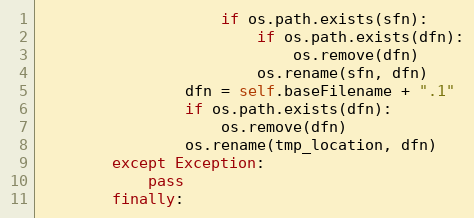
Language: Python
                    if os.path.exists(sfn):
                        if os.path.exists(dfn):
                            os.remove(dfn)
                        os.rename(sfn, dfn)
                dfn = self.baseFilename + ".1"
                if os.path.exists(dfn):
                    os.remove(dfn)
                os.rename(tmp_location, dfn)
        except Exception:
            pass
        finally: